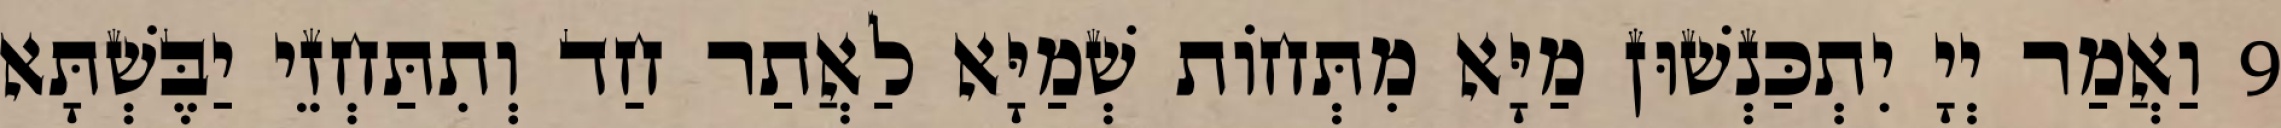
9 וַאֲמַר יְיָ יִתְכַּנְשׁוּן מַיָּא מִתְּחוֹת שְׁמַיָּא לַאֲתַר חַד וְתִתַּחְזֵי יַבֶּשְׁתָּא